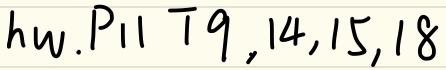
$h\nu.P_{11}\ 19,14,15,18$